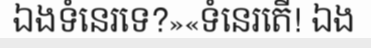
ឯងទំនេរទេ?»«ទំនេរតើ! ឯង